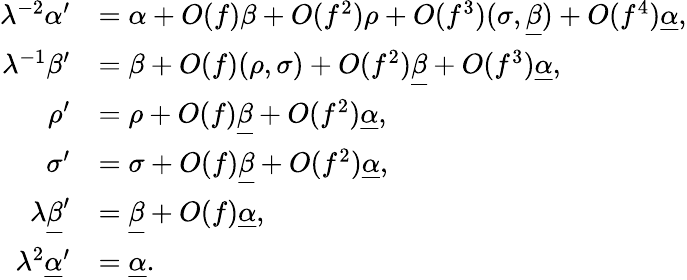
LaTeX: \begin{array}{rl}{\lambda^{-2}\alpha^{\prime}}&{=\alpha+O(f)\beta+O(f^{2})\rho+O(f^{3})(\sigma,\underline{{\beta}})+O(f^{4})\underline{{\alpha}},}\\ {\lambda^{-1}\beta^{\prime}}&{=\beta+O(f)(\rho,\sigma)+O(f^{2})\underline{{\beta}}+O(f^{3})\underline{{\alpha}},}\\ {\rho^{\prime}}&{=\rho+O(f)\underline{{\beta}}+O(f^{2})\underline{{\alpha}},}\\ {\sigma^{\prime}}&{=\sigma+O(f)\underline{{\beta}}+O(f^{2})\underline{{\alpha}},}\\ {\lambda\underline{{\beta}}^{\prime}}&{=\underline{{\beta}}+O(f)\underline{{\alpha}},}\\ {\lambda^{2}\underline{{\alpha}}^{\prime}}&{=\underline{{\alpha}}.}\end{array}